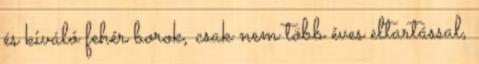
és kiváló fehér borok, csak nem több éves eltartással,